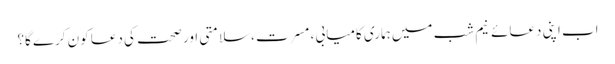
اب اپنی دعائے نیم شب میں ہماری کامیابی ، مسرت ،سلامتی اور صحت کی دعا کون کرے گا؟